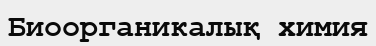
Биоорганикалық химия